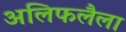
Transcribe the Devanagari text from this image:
अलिफलैला